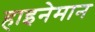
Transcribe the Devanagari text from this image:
हाइनेमान